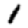
Digit: 1